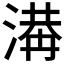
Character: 𣺙